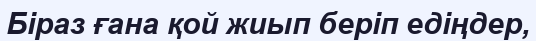
Біраз ғана қой жиып беріп едіңдер,